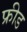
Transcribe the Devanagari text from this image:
फ्रीड